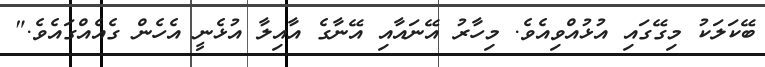
ބޭކަލަކު މިގޭގައި އުޅުއްވިއެވެ. މިހާރު އޭނައާއި އޭނާގެ އާއިލާ އުޅެނީ އެހެން ގެއެއްގައެވެ."